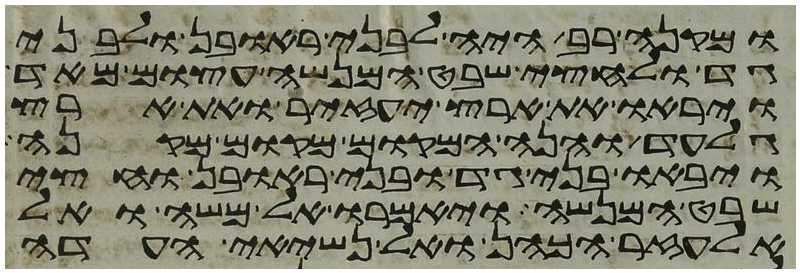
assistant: ומקנה רב היה לבני ראובן ולבני
גד ולחצי שבט המנשה עצום מאד
ויראו את ארץ יעזיר ואת ארץ
גלעד והנה המקום מקום מקנה
ויבאו בני גד ובני ראובן וחצי
שבט המנשה ויאמרו אל משה ואל
אלעזר הכהן ואל נשיאי העדה